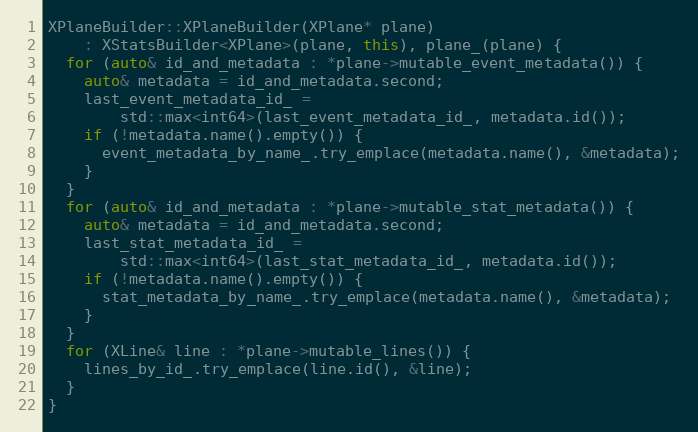
Language: C++
XPlaneBuilder::XPlaneBuilder(XPlane* plane)
    : XStatsBuilder<XPlane>(plane, this), plane_(plane) {
  for (auto& id_and_metadata : *plane->mutable_event_metadata()) {
    auto& metadata = id_and_metadata.second;
    last_event_metadata_id_ =
        std::max<int64>(last_event_metadata_id_, metadata.id());
    if (!metadata.name().empty()) {
      event_metadata_by_name_.try_emplace(metadata.name(), &metadata);
    }
  }
  for (auto& id_and_metadata : *plane->mutable_stat_metadata()) {
    auto& metadata = id_and_metadata.second;
    last_stat_metadata_id_ =
        std::max<int64>(last_stat_metadata_id_, metadata.id());
    if (!metadata.name().empty()) {
      stat_metadata_by_name_.try_emplace(metadata.name(), &metadata);
    }
  }
  for (XLine& line : *plane->mutable_lines()) {
    lines_by_id_.try_emplace(line.id(), &line);
  }
}